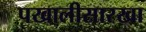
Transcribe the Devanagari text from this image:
पखालीसारखा